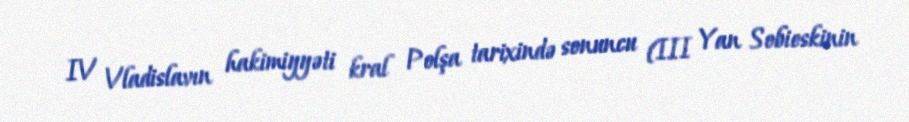
IV Vladislavın hakimiyyəti kral Polşa tarixində sonuncu (III Yan Sobieskinin